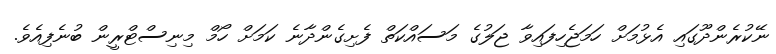
ނޭކުރެންދޫގައި އެޅުމަށް ހަމަޖެހިފައިވާ ޖަލުގެ މަސައްކަތް ފެށިގެންދާނެ ކަމަށް ހޯމް މިނިސްޓްރީން ބުނެފިއެވެ.